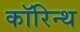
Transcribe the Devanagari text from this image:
कॉरिन्थ